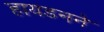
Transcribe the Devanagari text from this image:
हायडनने